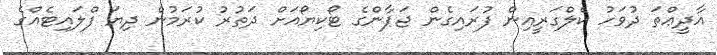
އާދީޢްތަ ދުވަހު ކެލްގަރީއިން ފުރައިގެން ޖަޕާންގެ ޓޯކިޔޯއަށް ދަތުރު ކުރަމުން ދިޔަ ފްލައިޓެއްގެ